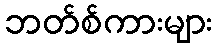
ဘတ်စ်ကားများ